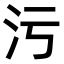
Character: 污